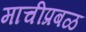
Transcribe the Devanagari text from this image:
माचीप्रबळ